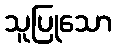
သူပြုသော